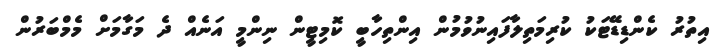
އިތުރު ކެންޑިޑޭޓަކު ކުރިމަތިލާފައިނުވުމުން އިންތިހާބީ ކޮމިޓީން ނިންމީ އަނެއް ދެ މަގާމަށް މެމްބަރުން